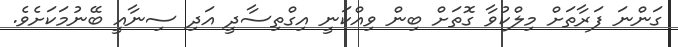
ގަންނަ ފަރާތަށް މިލްކުވާ ގޮތަށް ބިން ވިއްކަނީ އިގްތިސާދީ އަދި ސިނާއީ ބޭނުމަކަށެވެ.